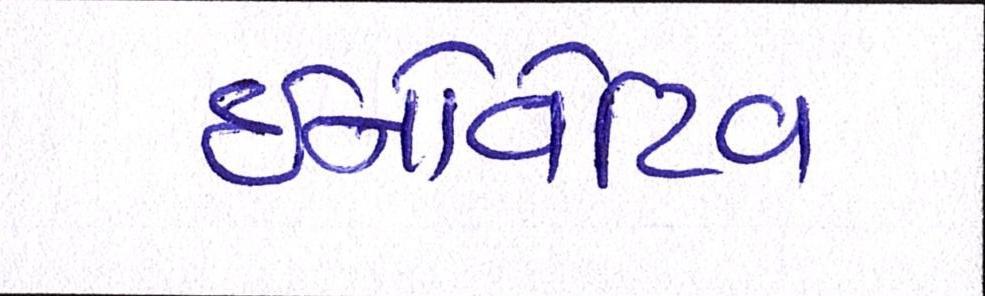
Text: ઇનોવેટિવ